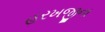
હરખજીના